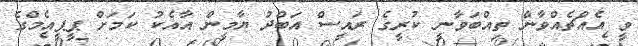
ވީ އެއްޗެއްވާން ތިއްބަވާނީ ކުރީގެ ރައީސް އަބްދު ޔާމީން އާއެކު ކަމަށް ޕީޕީއެމްގެ